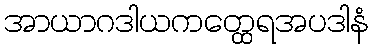
အာယာဂဒါယကတ္ထေရအပဒါနံ